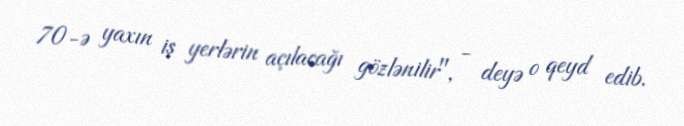
70-ə yaxın iş yerlərin açılacağı gözlənilir", - deyə o qeyd edib.